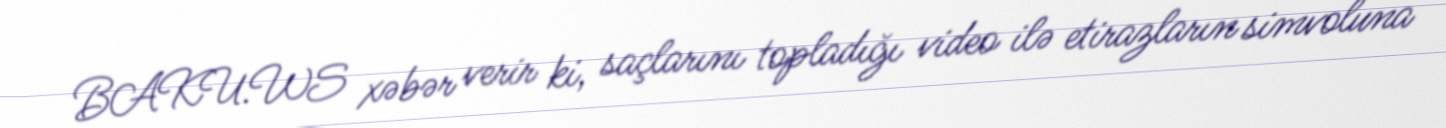
BAKU.WS xəbər verir ki, saçlarını topladığı video ilə etirazların simvoluna